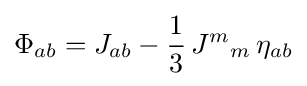
\Phi _{ab}=J_{ab}-{\frac {1}{3}}\,{J^{m}}_{m}\,\eta _{ab}